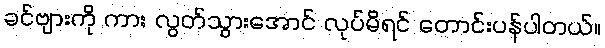
ခင်ဗျားကို ကား လွတ်သွားအောင် လုပ်မိရင် တောင်းပန်ပါတယ်။